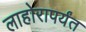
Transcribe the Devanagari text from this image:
लाहोरापर्यंत